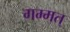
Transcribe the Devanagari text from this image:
गम्मत्